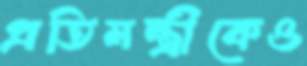
প্রতিমন্ত্রীকেও